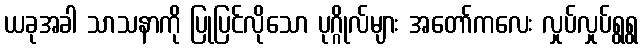
ယခုအခါ သာသနာကို ပြုပြင်လိုသော ပုဂ္ဂိုလ်များ အတော်ကလေး လှုပ်လှုပ်ရွရွ